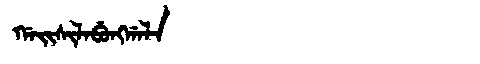
Manchu: ᡤᠠᡳᠰᡳᠯᠠᠪᡠᠩᡤᠠᠯᠠ
Romanization: GAISILABUNGGALA